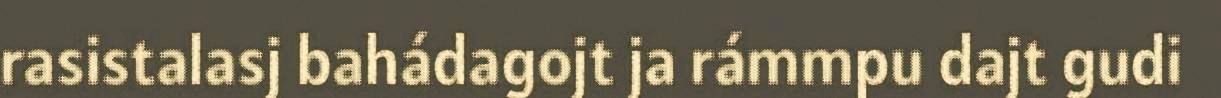
rasistalasj bahádagojt ja rámmpu dajt gudi